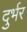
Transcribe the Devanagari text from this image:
दुर्भर